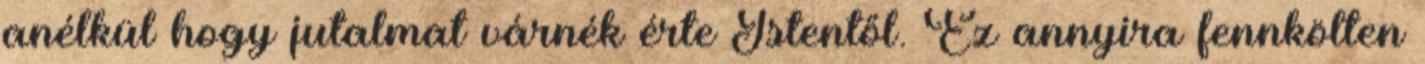
anélkül hogy jutalmat várnék érte Istentől. Ez annyira fennkölten